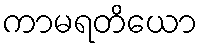
ကာမရတိယော